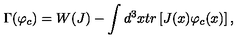
\Gamma ( \varphi _ { c } ) = W ( J ) - \int d ^ { 3 } x t r \left[ J ( x ) \varphi _ { c } ( x ) \right] ,